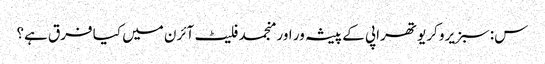
س: سبزیرو کریو تھراپی کے پیشہ ور اور منجمد فلیٹ آئرن میں کیا فرق ہے؟